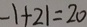
- 1 + 2 1 = 2 0